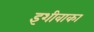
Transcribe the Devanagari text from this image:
इशीवाका